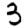
Digit: 3